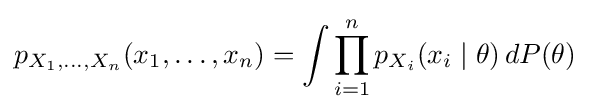
p_{X_{1},\ldots ,X_{n}}(x_{1},\ldots ,x_{n})=\int \prod _{i=1}^{n}p_{X_{i}}(x_{i}\mid \theta )\,dP(\theta )